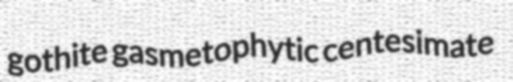
gothite gasmetophytic centesimate